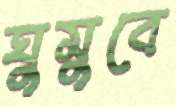
ঘুমুবে